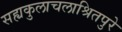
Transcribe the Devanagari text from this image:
सह्यकुलाचलाश्रितपुरे